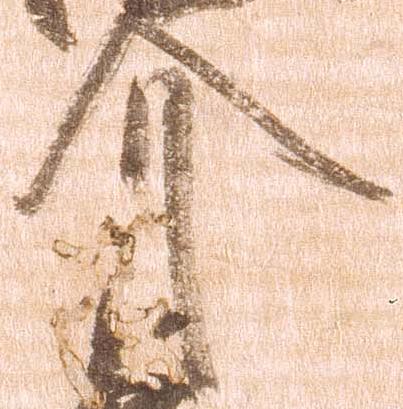
介